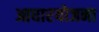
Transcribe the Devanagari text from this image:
आधारयोजना